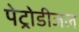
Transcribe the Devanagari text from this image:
पेट्रोडीजल